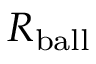
R _ { \mathrm { b a l l } }